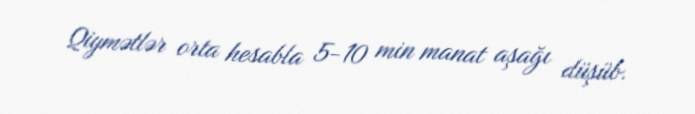
Qiymətlər orta hesabla 5-10 min manat aşağı düşüb.